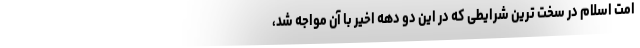
امت اسلام در سخت ترین شرایطی که در این دو دهه اخیر با آن مواجه شد،